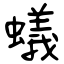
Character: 蟻